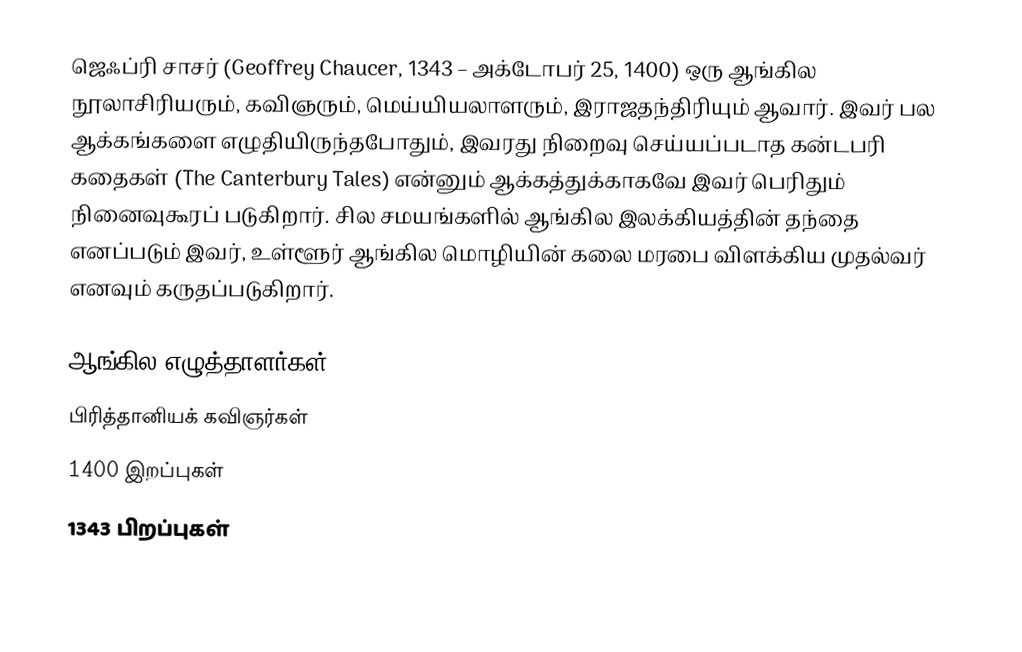
ஜெஃப்ரி சாசர் (Geoffrey Chaucer, 1343 – அக்டோபர் 25, 1400) ஒரு ஆங்கில நூலாசிரியரும், கவிஞரும், மெய்யியலாளரும், இராஜதந்திரியும் ஆவார். இவர் பல ஆக்கங்களை எழுதியிருந்தபோதும், இவரது நிறைவு செய்யப்படாத கன்டபரி கதைகள் (The Canterbury Tales) என்னும் ஆக்கத்துக்காகவே இவர் பெரிதும் நினைவுகூரப் படுகிறார். சில சமயங்களில் ஆங்கில இலக்கியத்தின் தந்தை எனப்படும் இவர், உள்ளூர் ஆங்கில மொழியின் கலை மரபை விளக்கிய முதல்வர் எனவும் கருதப்படுகிறார்.

ஆங்கில எழுத்தாளர்கள்
பிரித்தானியக் கவிஞர்கள்
1400 இறப்புகள்
1343 பிறப்புகள்